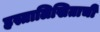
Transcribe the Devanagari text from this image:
हस्तालिखिताची